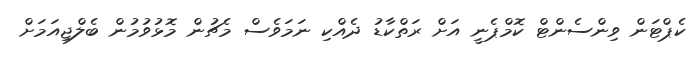
ކެޕްޓަން ވިންސެންޓް ކޮމްޕެނީ އަށް ރަތްކާޑު ދެއްކި ނަމަވެސް މެޗުން މޮޅުވުމުން ބެލްޖިއަމަށް